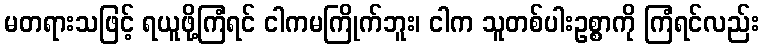
မတရားသဖြင့် ရယူဖို့ကြံရင် ငါကမကြိုက်ဘူး၊ ငါက သူတစ်ပါးဥစ္စာကို ကြံရင်လည်း